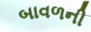
બાવળની